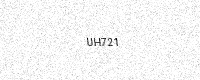
Text: UH721